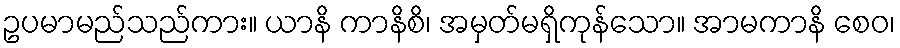
ဥပမာမည်သည်ကား။ ယာနိ ကာနိစိ၊ အမှတ်မရှိကုန်သော။ အာမကာနိ စေဝ၊